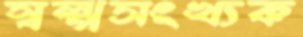
স্বল্পসংখ্যক